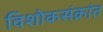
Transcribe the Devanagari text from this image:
विशोकसंक्रांत